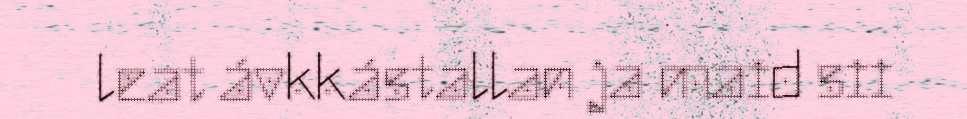
leat ávkkástallan ja maid sii